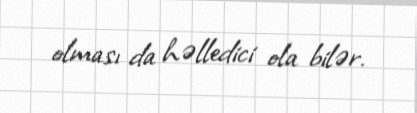
olması da həlledici ola bilər.